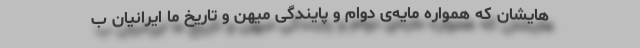
هایشان که همواره مایه‌ی دوام و پایندگی میهن و تاریخ ما ایرانیان ب